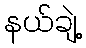
နယ်ချဲ့